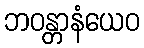
ဘဝန္တာနံယေဝ